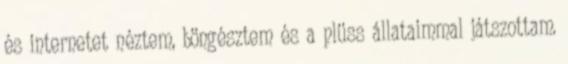
és internetet néztem, böngésztem és a plüss állataimmal játszottam.